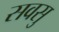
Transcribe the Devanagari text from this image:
सवसु